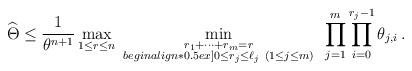
LaTeX: \begin{align*}\widehat\Theta\le\frac{1}{\theta^{n+1}}\max_{1\le r\le n}\ \min\limits_{\substack{r_1+\dots+r_m=r\\begin{align*}0.5ex] 0\le r_j\le \ell_j\ (1\le j\le m) }}~\prod_{j=1}^m\prod_{i=0}^{r_j-1}\theta_{j,i}\,.\end{align*}